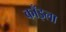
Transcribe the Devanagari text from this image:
काँइला